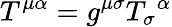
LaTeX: T^{\mu\alpha}=g^{\mu\sigma}T_{\sigma}{}^{\alpha}